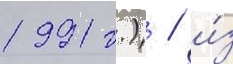
1991 г.) / и́з